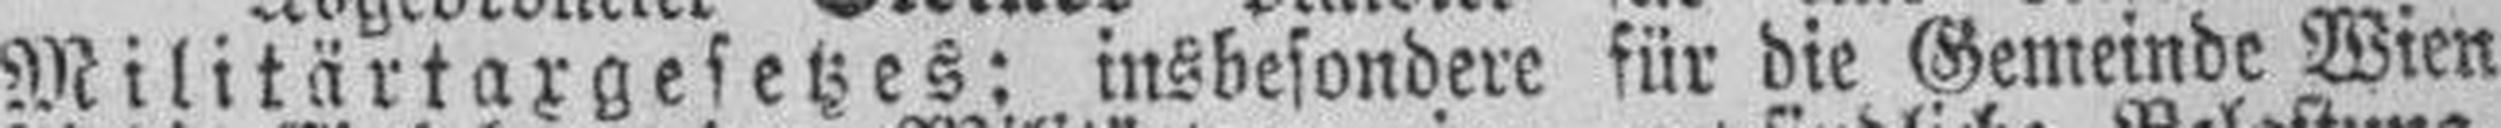
Militärtaxgesetzes: insbesondere für die Gemeinde Wien